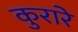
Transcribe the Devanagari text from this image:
कुरारे